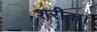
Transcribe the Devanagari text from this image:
शरीक।